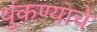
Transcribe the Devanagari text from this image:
थुंकण्याचे